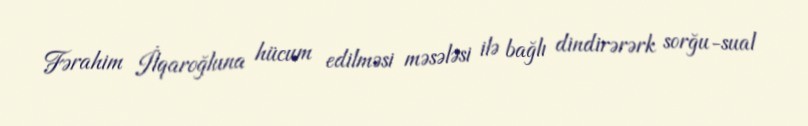
Fərahim İlqaroğluna hücum edilməsi məsələsi ilə bağlı dindirərərk sorğu-sual